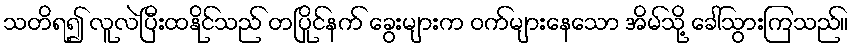
သတိရ၍ လူလဲပြီးထနိုင်သည် တပြိုင်နက် ခွေးများက ဝက်များနေသော အိမ်သို့ ခေါ်သွားကြသည်။